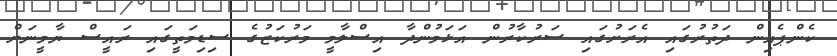
ކެންޕެއިން ދަތުރުގައި އެރަށުގައި ސަރުކާރުން އަޅަމުންދާ އިސްލާމީ މަރުކަޒުގެ ސިޑިމަތީގައި ރައީސް ޔާމީނަށް